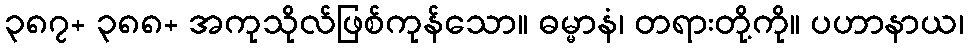
၃၈၇+ ၃၈၈+ အကုသိုလ်ဖြစ်ကုန်သော။ ဓမ္မာနံ၊ တရားတို့ကို။ ပဟာနာယ၊